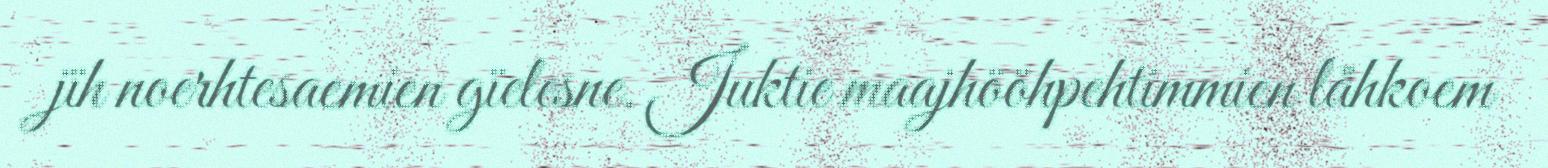
jïh noerhtesaemien gïelesne. Juktie maajhööhpehtimmien låhkoem